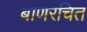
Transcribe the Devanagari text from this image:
बाणरचित